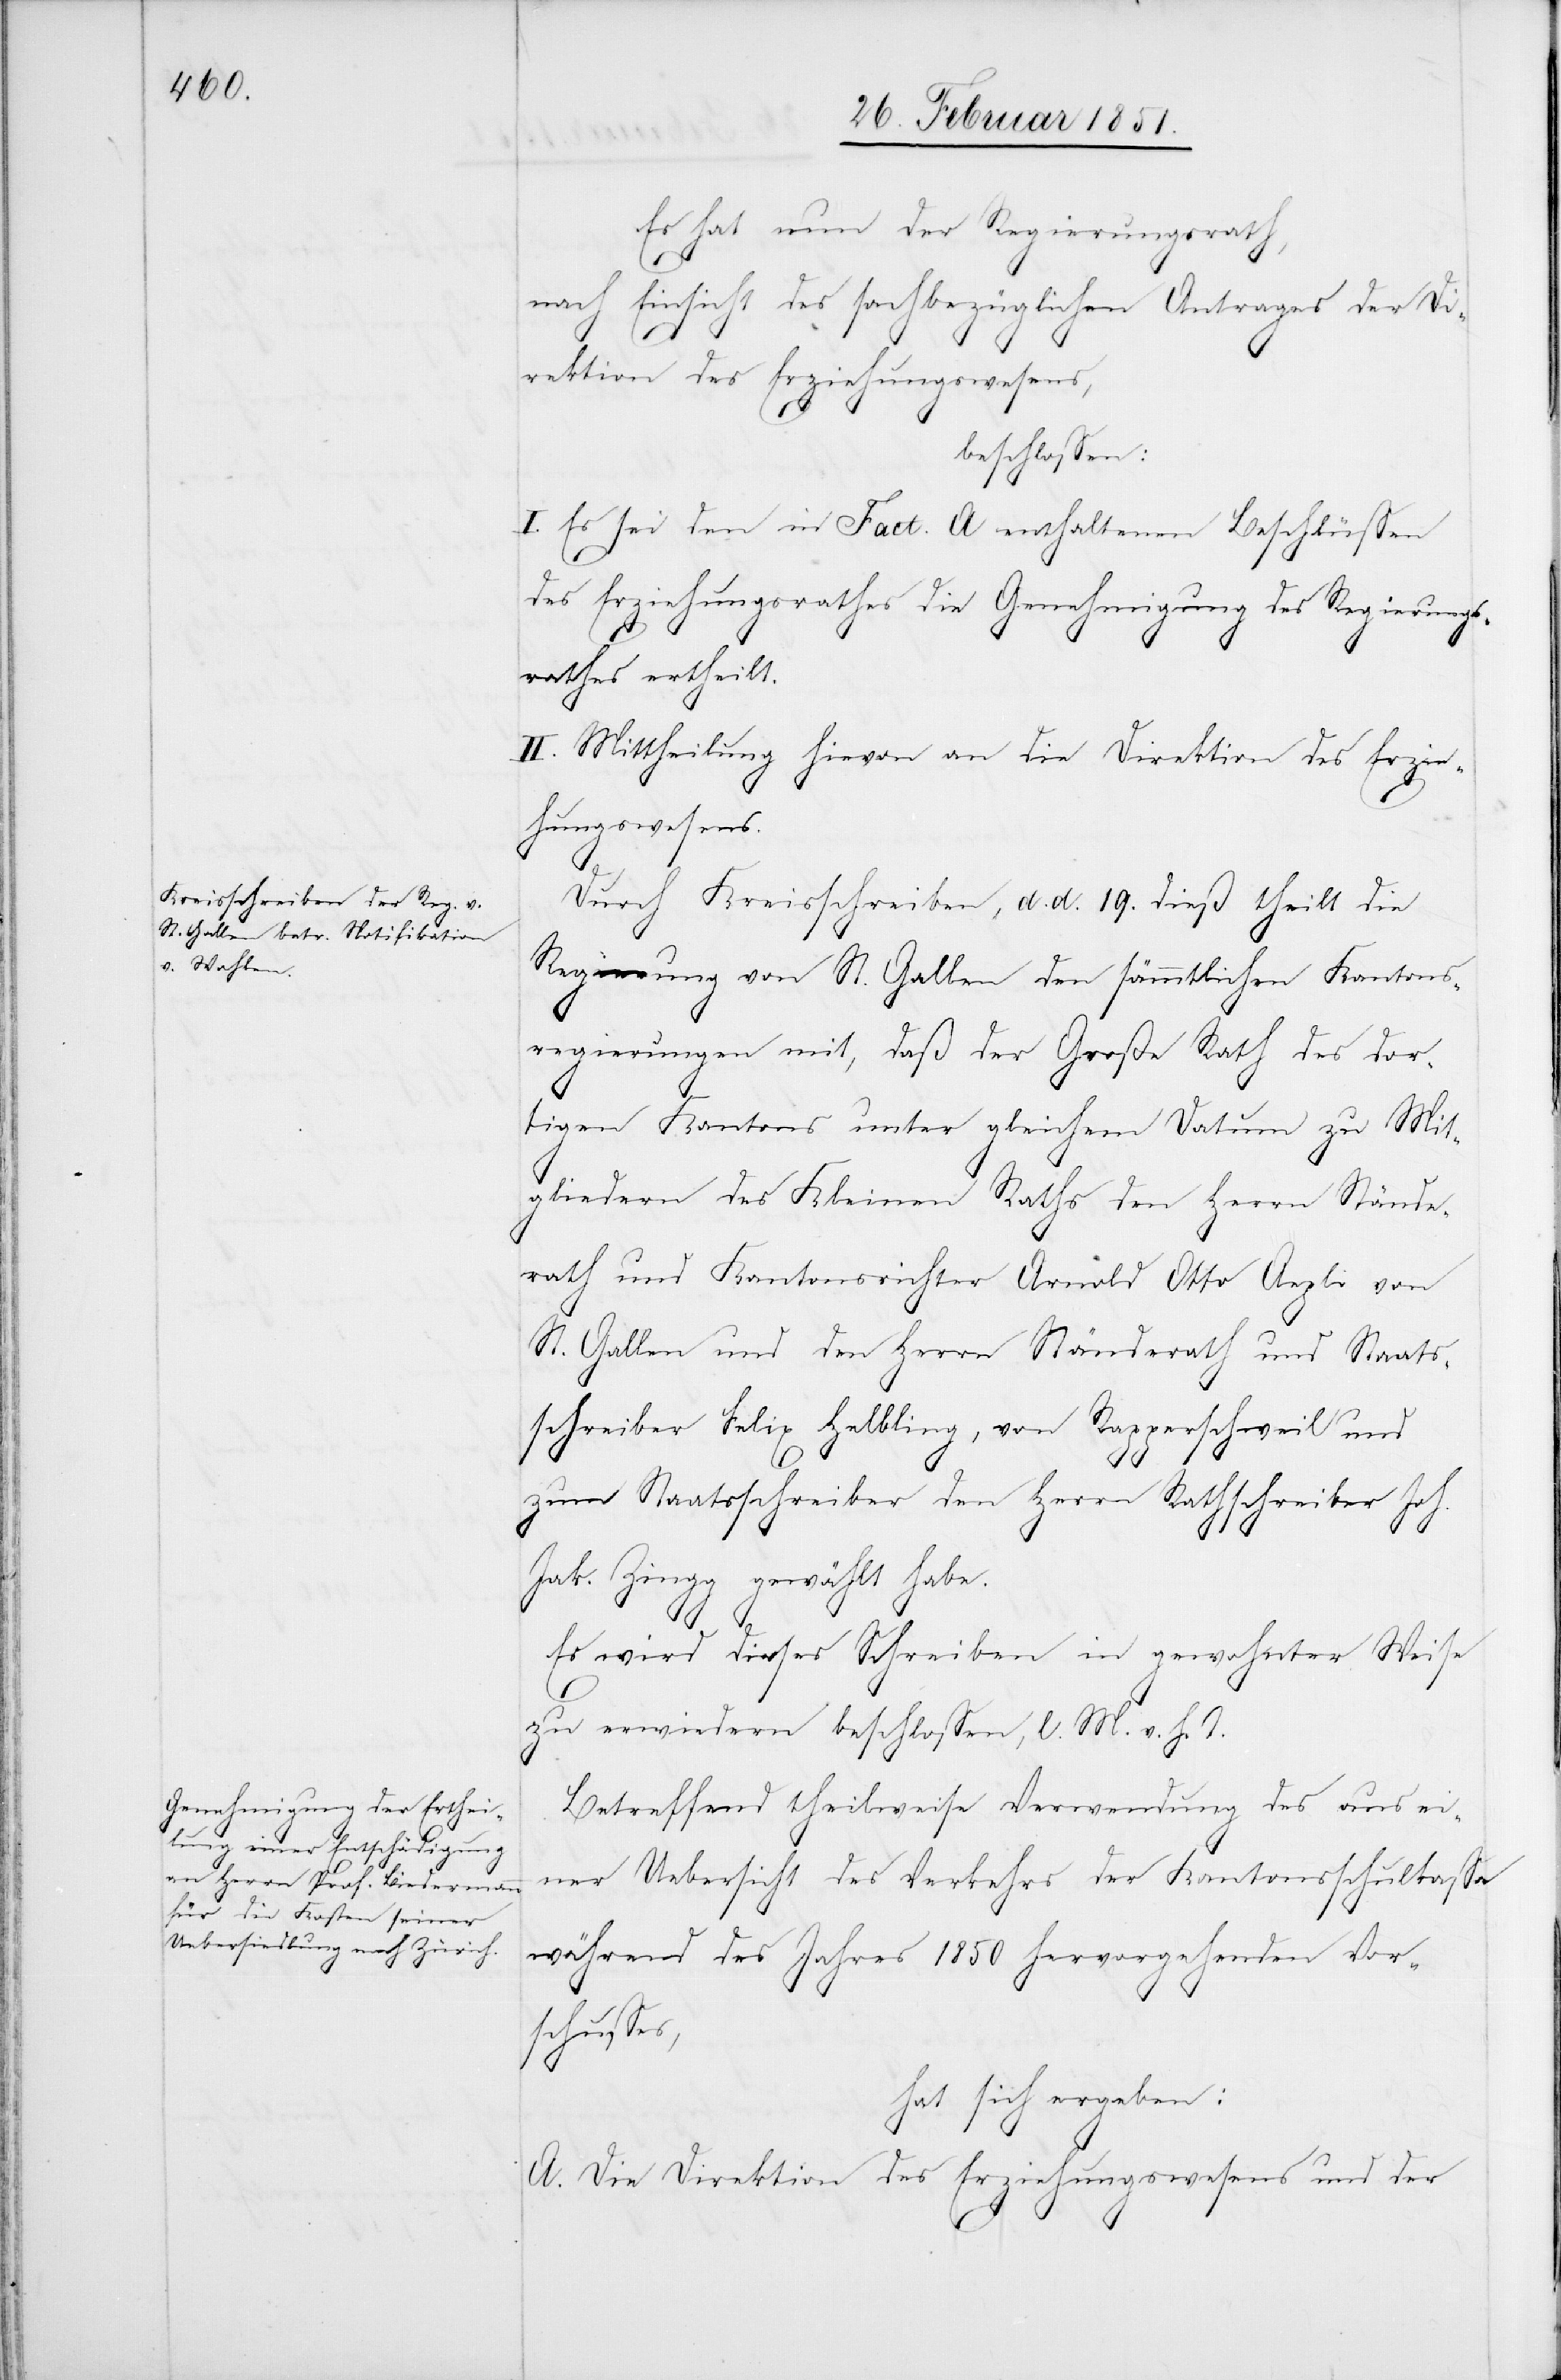
Es hat nun der Regierungsrath,
nach Einsicht des sachbezüglichen Antrages der Di¬
rektion des Erziehungswesens,
beschlossen:
I. Es sei den in Fact. A enthaltenen Beschlüssen
des Erziehungsrathes die Genehmigung des Regierungs¬
rathes ertheilt.
II. Mittheilung hievon an die Direktion des Erzie¬
hungswesens.
Durch Kreisschreiben, d. d. 19. dieß theilt die
Regierung von St. Gallen den sämmtlichen Kantons¬
regierungen mit, daß der Große Rath des dor¬
tigen Kantons unter gleichem Datum zu Mit¬
gliedern des Kleinen Raths den Herrn Stände¬
rath und Kantonsrichter Arnold Otto Aepli von
St. Gallen und den Herrn Ständerath und Staats¬
schreiber Felix Helbling, von Rapperschweil und
zum Staatsschreiber den Herrn Rathschreiber Joh.
Jak. Zingg gewählt habe.
Es wird dieses Schreiben in gewohnter Weise
zu erwiedern beschlossen, l. M. v. h. T.
Betreffend theilweise Verwendung des aus ei¬
ner Uebersicht des Verkehrs der Kantonsschulkassa
während des Jahres 1850 hervorgehenden Vor¬
schusses,
hat sich ergeben:
A. Die Direktion des Erziehungswesens und der